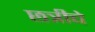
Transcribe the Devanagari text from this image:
छत्रीचे